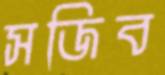
সজিব